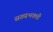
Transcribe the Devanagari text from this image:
सख्यभक्ती